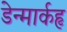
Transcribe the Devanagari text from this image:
डेन्मार्कहृ